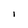
Character: l